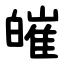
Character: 皠